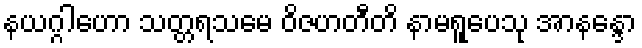
နယဂ္ဂါဟော သတ္တရသမေ ဝိဇဟတီတိ နာမရူပေသု အာနန္ဒော